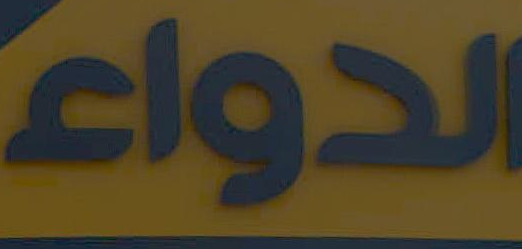
الدواء